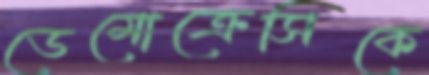
ডেমোক্রেসিকে